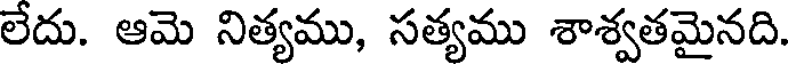
లేదు. ఆమె నిత్యము, సత్యము శాశ్వతమైనది.